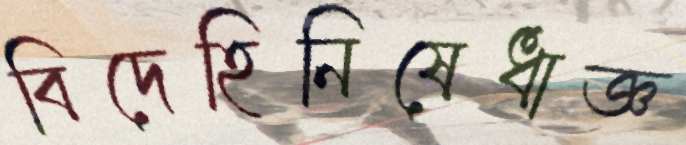
বিদেহিনিষেধাজ্ঞ